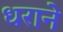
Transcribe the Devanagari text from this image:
धराने